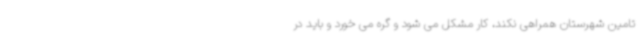
تامین شهرستان همراهی نکند، کار مشکل می شود و گره می خورد و باید در